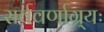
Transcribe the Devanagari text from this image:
सर्ववर्णाग्र्यः